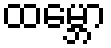
ထမ္ဘော